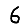
Digit: 6